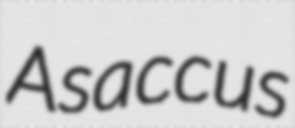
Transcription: Asaccus